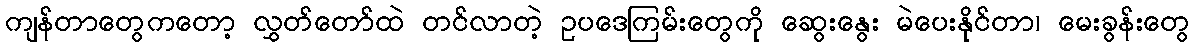
ကျန်တာတွေကတော့ လွှတ်တော်ထဲ တင်လာတဲ့ ဥပဒေကြမ်းတွေကို ဆွေးနွေး မဲပေးနိုင်တာ၊ မေးခွန်းတွေ